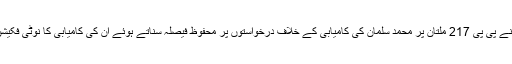
الیکشن کمیشن نے پی پی 217 ملتان پر محمد سلمان کی کامیابی کے خلاف درخواستوں پر محفوظ فیصلہ سناتے ہوئے اُن کی کامیابی کا نوٹی فکیشن واپس لے لیا۔